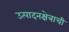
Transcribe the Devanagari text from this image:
उत्पादनक्षेत्राची